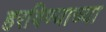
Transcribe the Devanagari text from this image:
हरविण्याच्या